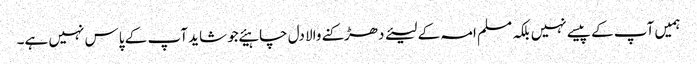
ہمیں آپ کے پیسے نہیں بلکہ مسلم امہ کے لیئے دھڑکنے والا دل چاہیئے جو شاید آپ کے پاس نہیں ہے۔